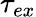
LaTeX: \tau_{ex}